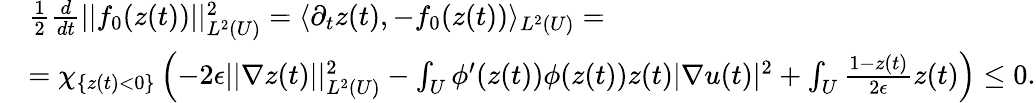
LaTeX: \begin{array}{rl}&{\frac{1}{2}\frac{d}{dt}||f_{0}(z(t))||_{L^{2}(U)}^{2}=\langle\partial_{t}z(t),-f_{0}(z(t))\rangle_{L^{2}(U)}=}\\ &{=\chi_{\{ z(t)<0\} }\left(-2\epsilon||\nabla z(t)||_{L^{2}(U)}^{2}-\int_{U}\phi^{\prime}(z(t))\phi(z(t))z(t)|\nabla u(t)|^{2}+\int_{U}\frac{1-z(t)}{2\epsilon}z(t)\right)\leq 0.}\end{array}